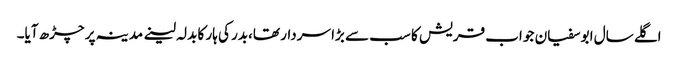
اگلے سال ابو سفیان جو اب قریش کا سب سے بڑا سردار تھا،بدر کی ہار کا بدلہ لینے مدینہ پر چڑھ آیا۔